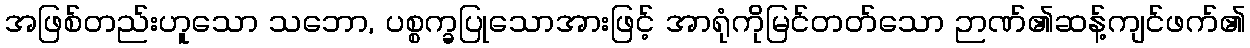
အဖြစ်တည်းဟူသော သဘော, ပစ္စက္ခပြုသောအားဖြင့် အာရုံကိုမြင်တတ်သော ဉာဏ်၏ဆန့်ကျင်ဖက်၏